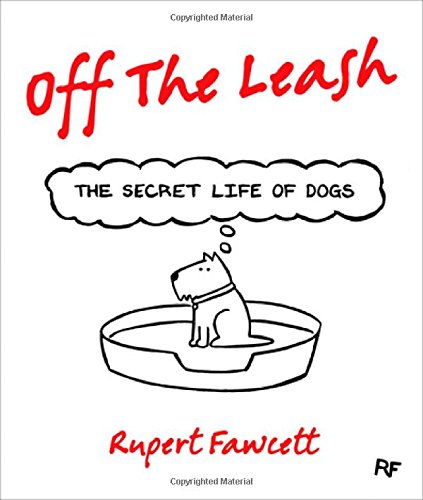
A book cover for Off the Leash: The Secret Life of Dogs; Rupert Fawcett; Humor & Entertainment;